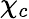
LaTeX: \chi_{c}